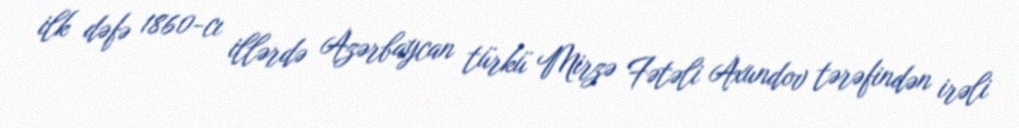
ilk dəfə 1860-cı illərdə Azərbaycan türkü Mirzə Fətəli Axundov tərəfindən irəli